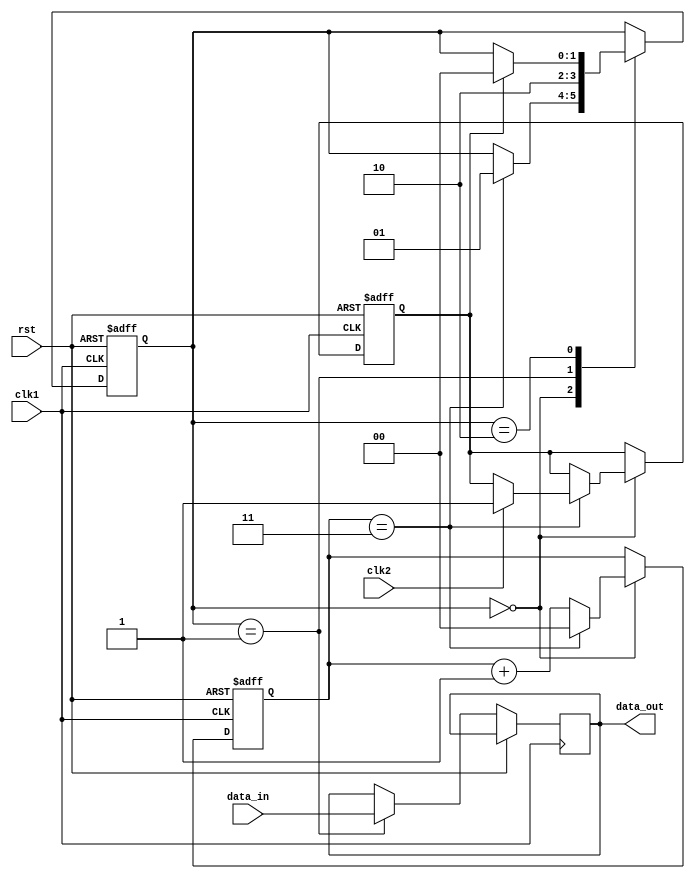
module synchronizer (
     input wire clk1,
     input wire clk2,
     input wire rst,
     input wire data_in,
     output reg data_out
);

reg [1:0] state;
reg sync;
reg [1:0] sync_cnt;

always @(posedge clk1 or posedge rst) begin
     if (rst) begin
          state <= 2'b00;
          sync <= 1'b0;
          sync_cnt <= 2'b00;
     end else begin
          case (state)
               2'b00: begin
                    if (sync_cnt == 2'b11) begin
                         if (clk2 == 1'b1) begin
                              sync <= 1'b1;
                         end
                         sync_cnt <= 2'b00;
                         state <= 2'b01;
                    end else begin
                         sync_cnt <= sync_cnt + 1'b1;
                    end
               end
               2'b01: begin
                    data_out <= data_in;
                    state <= 2'b10;
               end
               2'b10: begin
                    if (sync == 1'b1) begin
                         state <= 2'b00;
                    end
               end
          endcase
     end
end

endmodule